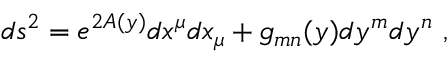
d s ^ { 2 } = e ^ { 2 A ( y ) } d x ^ { \mu } d x _ { \mu } + g _ { m n } ( y ) d y ^ { m } d y ^ { n } \ ,